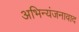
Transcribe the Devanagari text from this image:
अभिन्यंजनावाद